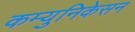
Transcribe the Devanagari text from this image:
कम्युनिकेसन